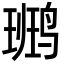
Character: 𪉒